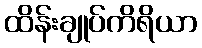
ထိန်းချုပ်ကိရိယာ